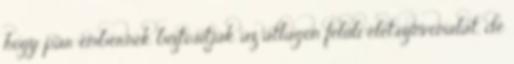
hogy pár embernek biztosítják az átlagon felüli életszínvonalat, de